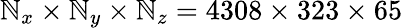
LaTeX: \mathbb{N}_{x}\times\mathbb{N}_{y}\times\mathbb{N}_{z}=4308\times323\times65